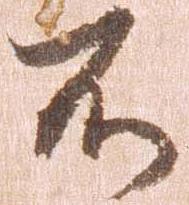
不